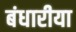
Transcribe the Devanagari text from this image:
बंधारीया